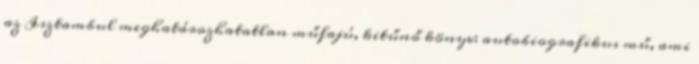
az Isztambul meghatározhatatlan műfajú, kitűnő könyv: autobiografikus mű, ami